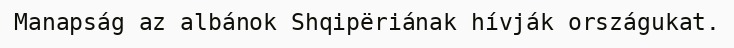
Manapság az albánok Shqipëriának hívják országukat.